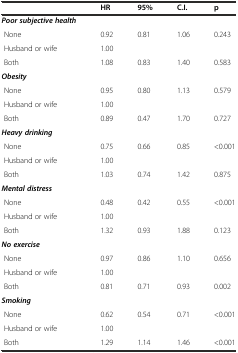
<table><thead><tr><td></td><td><b>HR</b></td><td><b>95%</b></td><td><b>C.I.</b></td><td><b>p</b></td></tr></thead><tbody><tr><td><b><i>Poor subjective health</i></b></td><td></td><td></td><td></td><td></td></tr><tr><td> None</td><td>0.92</td><td>0.81</td><td>1.06</td><td>0.243</td></tr><tr><td> Husband or wife</td><td>1.00</td><td></td><td></td><td></td></tr><tr><td> Both</td><td>1.08</td><td>0.83</td><td>1.40</td><td>0.583</td></tr><tr><td><b><i>Obesity</i></b></td><td></td><td></td><td></td><td></td></tr><tr><td> None</td><td>0.95</td><td>0.80</td><td>1.13</td><td>0.579</td></tr><tr><td> Husband or wife</td><td>1.00</td><td></td><td></td><td></td></tr><tr><td> Both</td><td>0.89</td><td>0.47</td><td>1.70</td><td>0.727</td></tr><tr><td><b><i>Heavy drinking</i></b></td><td></td><td></td><td></td><td></td></tr><tr><td> None</td><td>0.75</td><td>0.66</td><td>0.85</td><td>&lt;0.001</td></tr><tr><td> Husband or wife</td><td>1.00</td><td></td><td></td><td></td></tr><tr><td> Both</td><td>1.03</td><td>0.74</td><td>1.42</td><td>0.875</td></tr><tr><td><b><i>Mental distress</i></b></td><td></td><td></td><td></td><td></td></tr><tr><td> None</td><td>0.48</td><td>0.42</td><td>0.55</td><td>&lt;0.001</td></tr><tr><td> Husband or wife</td><td>1.00</td><td></td><td></td><td></td></tr><tr><td> Both</td><td>1.32</td><td>0.93</td><td>1.88</td><td>0.123</td></tr><tr><td><b><i>No exercise</i></b></td><td></td><td></td><td></td><td></td></tr><tr><td> None</td><td>0.97</td><td>0.86</td><td>1.10</td><td>0.656</td></tr><tr><td> Husband or wife</td><td>1.00</td><td></td><td></td><td></td></tr><tr><td> Both</td><td>0.81</td><td>0.71</td><td>0.93</td><td>0.002</td></tr><tr><td><b><i>Smoking</i></b></td><td></td><td></td><td></td><td></td></tr><tr><td> None</td><td>0.62</td><td>0.54</td><td>0.71</td><td>&lt;0.001</td></tr><tr><td> Husband or wife</td><td>1.00</td><td></td><td></td><td></td></tr><tr><td> Both</td><td>1.29</td><td>1.14</td><td>1.46</td><td>&lt;0.001</td></tr></tbody></table>